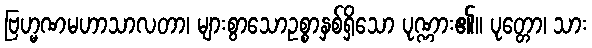
ဗြဟ္မဏမဟာသာလတာ၊ များစွာသောဥစ္စာနှစ်ရှိသော ပုဏ္ဏား၏။ ပုတ္တော၊ သား